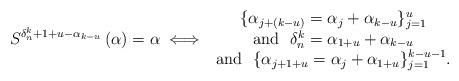
LaTeX: \begin{align*} S^{\delta_n^k+1+u-\alpha_{k-u}}\left (\alpha \right )= \alpha \iff \begin{array}{c} \{\alpha_{j+(k-u)}= \alpha_j+\alpha_{k-u}\}_{j=1}^{u}\\ \mbox{and} \ \ \delta_{n}^k=\alpha_{1+u}+\alpha_{k-u} \\ \mbox{and} \ \ \{\alpha_{j+1+u} = \alpha_{j} + \alpha_{1+u} \}_{j=1}^{k-u-1}. \end{array} \end{align*}